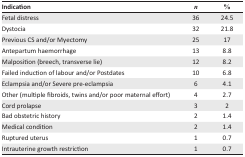
<table><thead><tr><td><b>Indication</b></td><td><b><i>n</i></b></td><td><b>%</b></td></tr></thead><tbody><tr><td>Fetal distress</td><td>36</td><td>24.5</td></tr><tr><td>Dystocia</td><td>32</td><td>21.8</td></tr><tr><td>Previous CS and/or Myectomy</td><td>25</td><td>17</td></tr><tr><td>Antepartum haemorrhage</td><td>13</td><td>8.8</td></tr><tr><td>Malposition (breech, transverse lie)</td><td>12</td><td>8.2</td></tr><tr><td>Failed induction of labour and/or Postdates</td><td>10</td><td>6.8</td></tr><tr><td>Eclampsia and/or Severe pre-eclampsia</td><td>6</td><td>4.1</td></tr><tr><td>Other (multiple fibroids, twins and/or poor maternal effort)</td><td>4</td><td>2.7</td></tr><tr><td>Cord prolapse</td><td>3</td><td>2</td></tr><tr><td>Bad obstetric history</td><td>2</td><td>1.4</td></tr><tr><td>Medical condition</td><td>2</td><td>1.4</td></tr><tr><td>Ruptured uterus</td><td>1</td><td>0.7</td></tr><tr><td>Intrauterine growth restriction</td><td>1</td><td>0.7</td></tr></tbody></table>